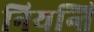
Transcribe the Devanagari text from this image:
नियन्ति